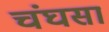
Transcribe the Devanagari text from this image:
चंघसा